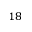
^ { 1 8 }